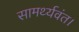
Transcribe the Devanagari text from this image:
सामर्थ्यवंत।